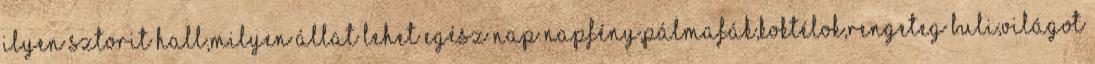
ilyen sztorit hall,milyen állat lehet egész nap napfény,pálmafák,koktélok,rengeteg buli,világot